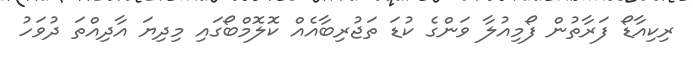
ރިކިއާޑޯ ފަރާތުން ފޯމިއުލާ ވަންގެ ކުޑަ ތަޖުރިބާއެއް ކޮލޮމްބޯގައި މިދިޔަ އާދިއްތަ ދުވަހު